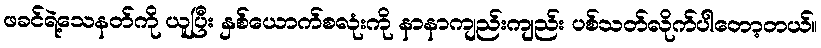
ဖခင်ရဲ့သေနတ်ကို ယူပြီး နှစ်ယောက်စလုံးကို နာနာကျည်းကျည်း ပစ်သတ်လိုက်ပါတော့တယ်။